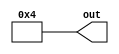
module constant (out);
parameter WIDTH =32; 
parameter value =32'b100; 
output [WIDTH-1:0] out;
wire [WIDTH-1:0] out;
assign out = value;
endmodule